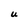
Character: U